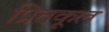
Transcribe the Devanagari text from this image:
प्रितकूल